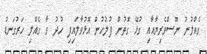
ގެއްލުުނު ނޫސްވެރިޔާއާއި ގުޅޭ ގޮތުން ފުލުހުން އޮޅުވާލައިފި ހުދު ވާ ގެއްލި ހަރުގަނޑު